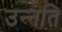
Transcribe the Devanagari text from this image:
उन्‍नति